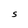
Character: S